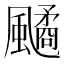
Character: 𩘻